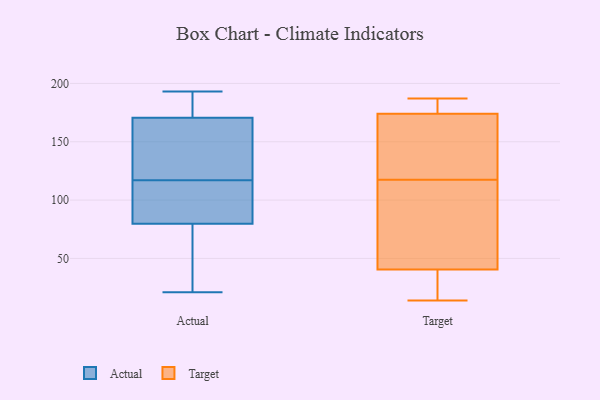
{"axis": {"x": "Customer Acquisition Cost (USD)", "y": "Value"}, "legend": ["Actual", "Target"], "data": [{"x": "", "y": 89, "type": "Actual"}, {"x": "", "y": 72, "type": "Actual"}, {"x": "", "y": 191, "type": "Actual"}, {"x": "", "y": 176, "type": "Actual"}, {"x": "", "y": 117, "type": "Actual"}, {"x": "", "y": 25, "type": "Actual"}, {"x": "", "y": 121, "type": "Actual"}, {"x": "", "y": 193, "type": "Actual"}, {"x": "", "y": 182, "type": "Actual"}, {"x": "", "y": 143, "type": "Actual"}, {"x": "", "y": 21, "type": "Actual"}, {"x": "", "y": 78, "type": "Actual"}, {"x": "", "y": 102, "type": "Actual"}, {"x": "", "y": 85, "type": "Actual"}, {"x": "", "y": 154, "type": "Actual"}, {"x": "", "y": 177, "type": "Target"}, {"x": "", "y": 69, "type": "Target"}, {"x": "", "y": 27, "type": "Target"}, {"x": "", "y": 76, "type": "Target"}, {"x": "", "y": 132, "type": "Target"}, {"x": "", "y": 121, "type": "Target"}, {"x": "", "y": 181, "type": "Target"}, {"x": "", "y": 183, "type": "Target"}, {"x": "", "y": 34, "type": "Target"}, {"x": "", "y": 137, "type": "Target"}, {"x": "", "y": 187, "type": "Target"}, {"x": "", "y": 114, "type": "Target"}, {"x": "", "y": 171, "type": "Target"}, {"x": "", "y": 47, "type": "Target"}, {"x": "", "y": 14, "type": "Target"}, {"x": "", "y": 25, "type": "Target"}]}